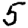
Digit: 5